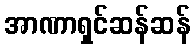
အာဏာရှင်ဆန်ဆန်